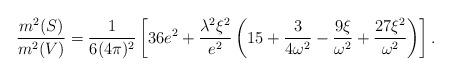
LaTeX: \begin{align*}{ m^2(S) \over m^2(V) }={1 \over 6 (4\pi)^2}\left[36e^2+{\lambda^2 \xi^2 \over e^2} \left(15+ {3 \over 4\omega^2} -{9 \xi \over \omega^2}+{27 \xi^2 \over \omega^2}\right)\right] .\end{align*}